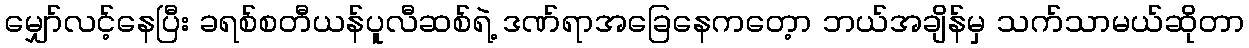
မျှော်လင့်နေပြီး ခရစ်စတီယန်ပူလီဆစ်ရဲ့ ဒဏ်ရာအခြေနေကတေ့ာ ဘယ်အချိန်မှ သက်သာမယ်ဆိုတာ